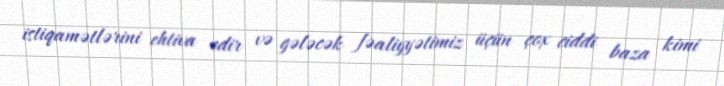
istiqamətlərini ehtiva edir və gələcək fəaliyyətimiz üçün çox ciddi baza kimi